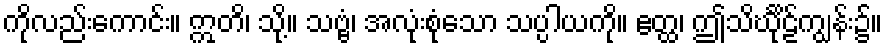
ကိုလည်းကောင်း။ ဣတိ၊ သို့။ သဗ္ဗံ၊ အလုံးစုံသော သပ္ပါယကို။ ဧတ္ထ၊ ဤသိင်္ဃိုဠ်ကျွန်း၌။